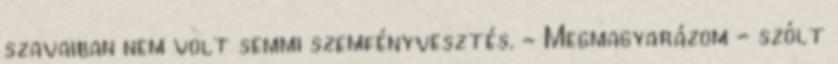
szavaiban nem volt semmi szemfényvesztés. - Megmagyarázom - szólt